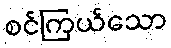
စင်ကြယ်သော